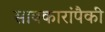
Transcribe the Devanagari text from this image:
सावकारांपैकी